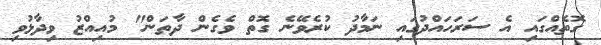
ގޮތެއްގައި އެ ސަރަހައްދުގައި ނަމާދު ކުރެވޭނެ ގޮތް ވެގެން ދާތަން" މުއިއްޒު ވިދާޅުވި